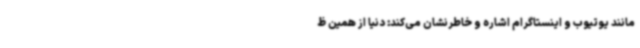
مانند یوتیوب و اینستاگرام اشاره و خاطرنشان می‌کند: دنیا از همین ظ